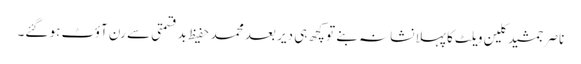
ناصر جمشید کلین ویلٹ کا پہلا نشانہ بنے تو کچھ ہی دیر بعد محمد حفیظ بدقسمتی سے رن آؤٹ ہو گئے۔